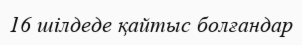
16 шілдеде қайтыс болғандар